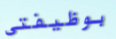
بوظيفتي